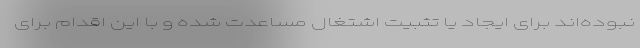
نبوده‌اند برای ایجاد یا تثبیت اشتغال مساعدت شده و با این اقدام برای